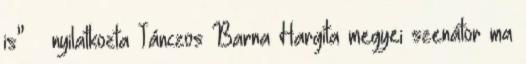
is” – nyilatkozta Tánczos Barna Hargita megyei szenátor ma